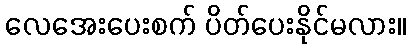
လေအေးပေးစက် ပိတ်ပေးနိုင်မလား။